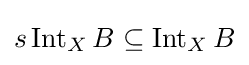
s\operatorname {Int} _{X}B\subseteq \operatorname {Int} _{X}B